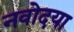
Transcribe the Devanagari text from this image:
नवोदया